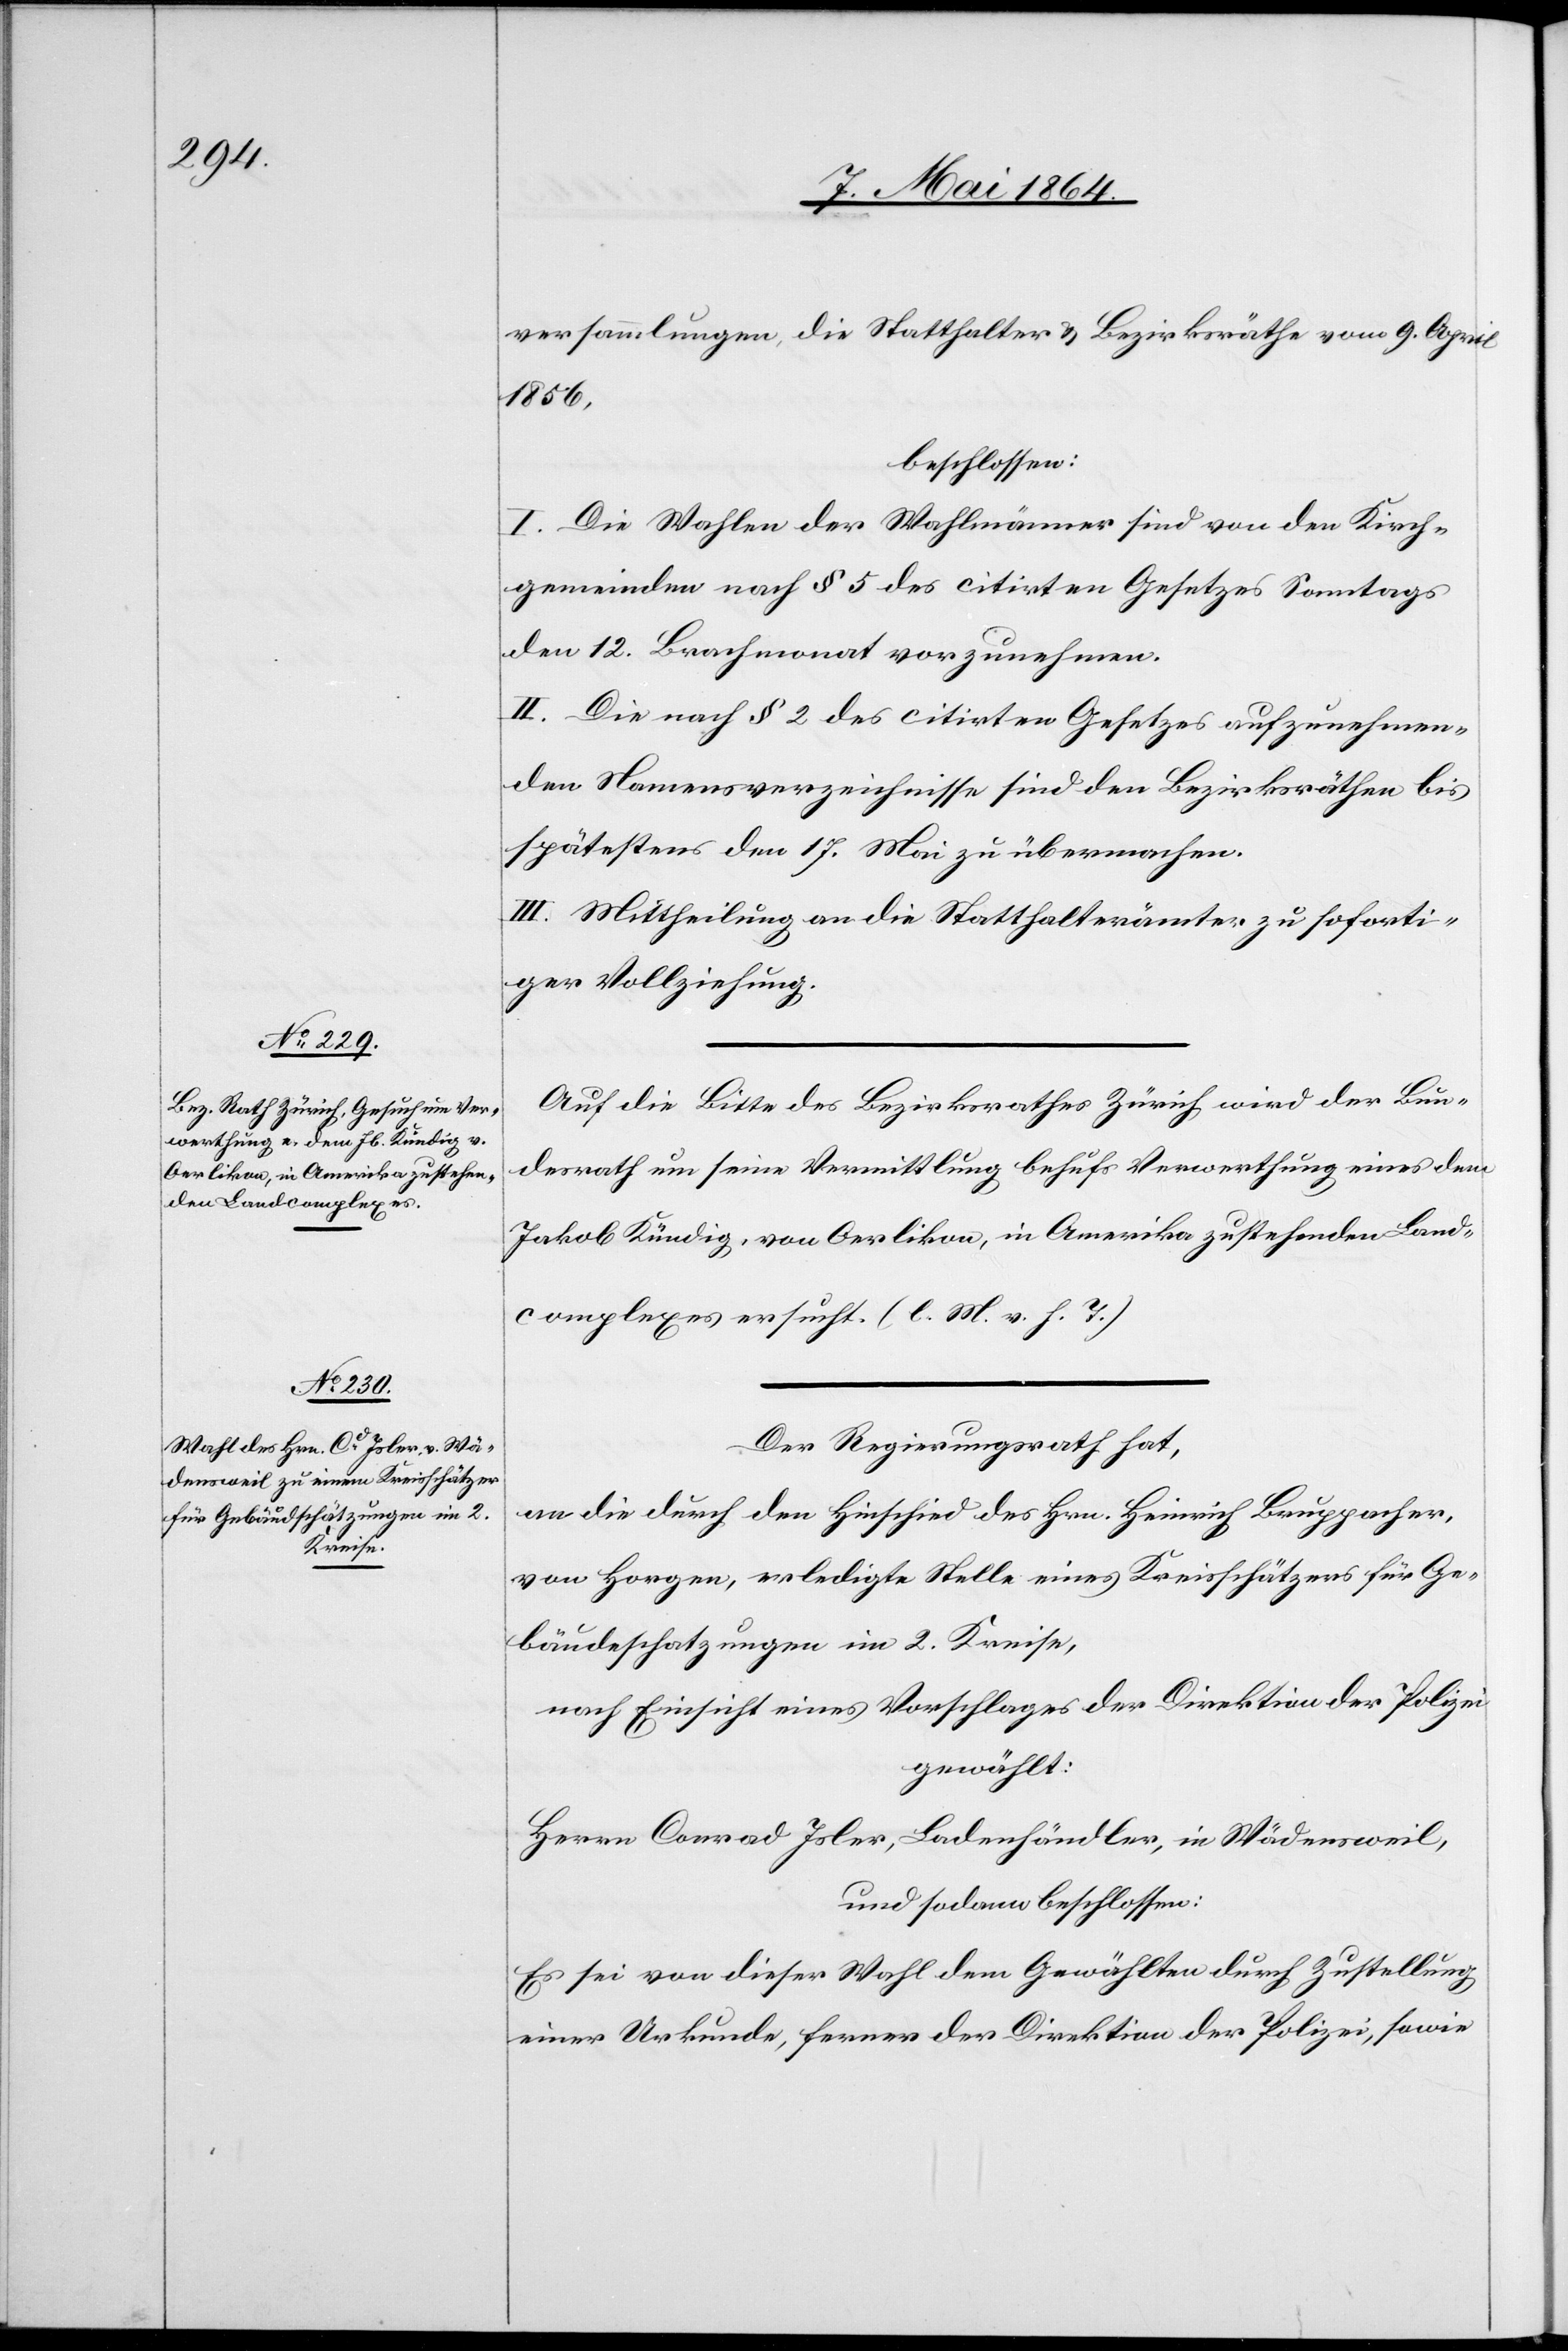
versammlungen, die Statthalter u. Bezirksräthe um 9. April
1856,
beschlossen:
I. Die Wahlen der Wahlmänner sind von den Kirch¬
gemeinden nach § 5 des citirten Gesetzes Sonntags
den 12. Brachmonat vorzunehmen.
II. Die nach §2 des citirten Gesetzes aufzunehmen¬
den Namensverzeichnisse sind den Bezirksräthen bis
spätestens den 17. Mai zu übermachen.
III. Mittheilung an die Statthalterämter zu soforti¬
ger Vollziehung.
Auf die Bitte des Bezirksrathes Zürich wird der Bun¬
desrath um seine Vermittlung behufs Verwerthung eines dem
Jakob Kündig, von Oerlikon, in Amerika zustehenden Land¬
complexes ersucht. (l. M. v. h. T.)
Der Regierungsrath hat,
an die durch den Hinschied des Hrn. Heinrich Bruppacher,
von Horgen, erledigte Stelle eines Kreisschätzers für Ge¬
bäudeschatzungen im 2. Kreise,
nach Einsicht eines Vorschlages der Direktion der Polizei
gewählt:
Herrn Conrad Isler, Ladenhändler, in Wädensweil,
und sodann beschlossen:
Es sei von dieser Wahl dem Gewählten durch Zustellung
einer Urkunde, ferner der Direktion der Polizei, sowie